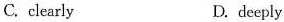
C. clearly D. deeply